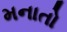
મનાતો